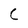
Character: C